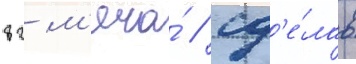
82 м'яча́ / сд'е́лав